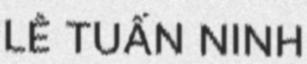
LÊ TUẤN NINH